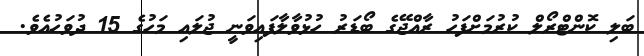
ބަލި ކޮންޓްރޯލް ކުރުމަށްފަހު ރާއްޖޭގެ ބޯޑަރު ހުޅުވާލާފައިވަނީ ޖުލައި މަހުގެ 15 ދުވަހުއެވެ.